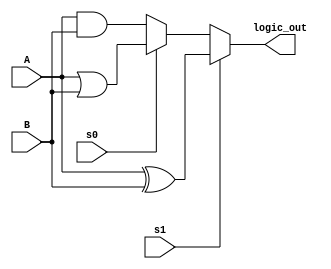
module logic_unit(
    input [31:0] A, B,
    input s1, s0,
    output [31:0] logic_out
    );
    
    wire [31:0] inp_and, inp_or, inp_xor;
    
    assign inp_and = A&B;
    assign inp_or = A|B;
    assign inp_xor = A^B;
    
    assign logic_out = ~s1 ? (~s0 ? inp_and : inp_or) : inp_xor ;
    
endmodule